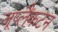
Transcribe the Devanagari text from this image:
जूप्लैंकटन